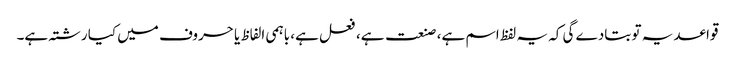
قواعد یہ تو بتادے گی کہ یہ لفظ اسم ہے، صنعت ہے، فعل ہے، باہمی الفاظ یا حروف میں کیا رشتہ ہے۔